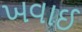
ખવાઈ